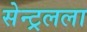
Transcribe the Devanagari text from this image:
सेन्ट्रलला